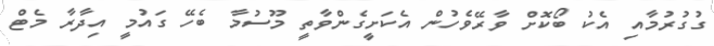
ގުގުރުމާއި އެކު ބޯކޮށް ވާރޭވެހުން އެކަށީގެންވާތީ މޫސުމާ ބެހޭ ގައުމީ އިދާރާ މެޓް